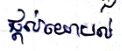
ផ្តល់យោបល់